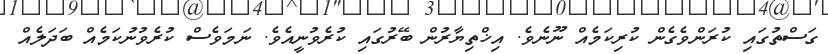
ގަސްތުގައި ކުރަންވެގެން ކުރިކަމެއް ނޫނެވެ. އިޚްތިޔާރުން ބޭރުގައި ކުރެވުނީއެވެ. ނަމަވެސް ކުރެވުނުކަމެއް ބަދަލެއް